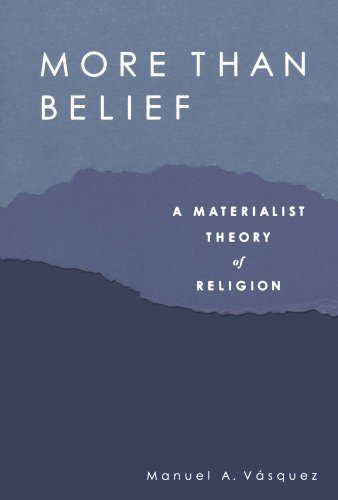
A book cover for More Than Belief: A Materialist Theory of Religion; Manuel A. Vasquez; Religion & Spirituality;